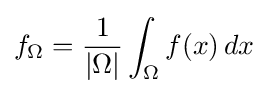
f_{\Omega }={\frac {1}{|\Omega |}}\int _{\Omega }f(x)\,dx